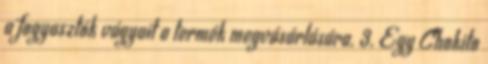
a fogyasztók vágyait a termék megvásárlására. 3. Egy Chokito